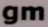
gm